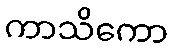
ကာသိကော